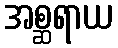
အစ္ဆရာယ